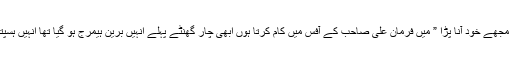
آپ کو ہم بہت ٹائم سے فون کرنے کی کوشش کر رہے تھے مگر فون بہت بزی تھا اس لیے مجھے خود آنا پڑا ” میں فرمان علی صاحب کے آفس میں کام کرتا ہوں ابھی چار گھنٹے پہلے انہیں برین ہیمرج ہو گیا تھا انہیں ہسپتال لے کر گئے تھے مگر ابھی اطلاع آئی ہے وہ جانبر نہیں ہو سکے اور انتقال کر گئے ہیں۔